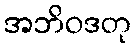
အဘိဝဒတု